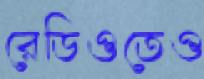
রেডিওতেও